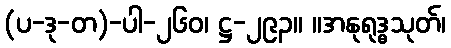
(ပ-ဒု-တ)-ပါ-၂၆၀၊ ဋ္ဌ-၂၉၃။ ။အနုရုဒ္ဓသုတ်၊